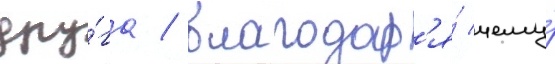
дру́га / благодар'я́ чему́